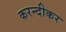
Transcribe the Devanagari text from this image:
करन्दीकर